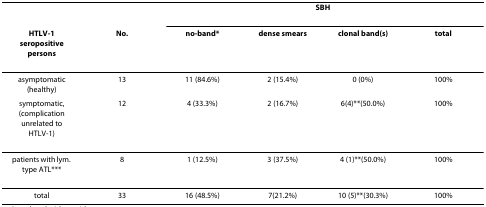
|  |  | <COLSPAN=4> SBH |
 | HTLV-1 seropositive persons | No. | no-band* | dense smears | clonal band(s) | total |
 | --- | --- | --- | --- | --- | --- |
 | asymptomatic (healthy) | 13 | 11 (84.6%) | 2 (15.4%) | 0 (0%) | 100% |
 | symptomatic, (complication unrelated to HTLV-1) | 12 | 4 (33.3%) | 2 (16.7%) | 6(4)**(50.0%) | 100% |
 | patients with lym. type ATL*** | 8 | 1 (12.5%) | 3 (37.5%) | 4 (1)**(50.0%) | 100% |
 | total | 33 | 16 (48.5%) | 7(21.2%) | 10 (5)**(30.3%) | 100% |